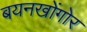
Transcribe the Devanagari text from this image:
बयनखोंगोर